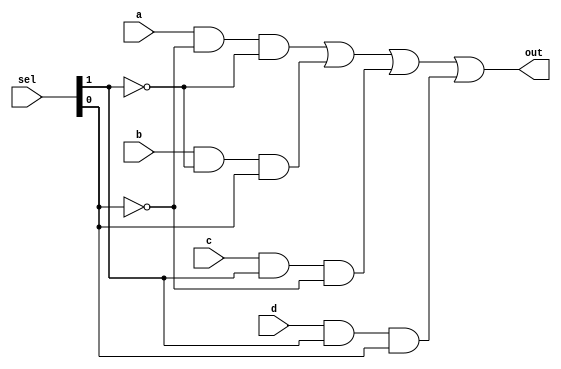
/*
 * Equipo 1
 * Seccion D04
 * Multiplexor 4 a 1 funcional
*/

module mux4to1f(input a, b, c, d, input [1:0] sel, output out);
	assign out = (a & !sel[0] & !sel[1]) | 
		(b & !sel[1] & sel[0]) | 
		(c & sel[1] & !sel[0]) |
		(d & sel[1] & sel[0]);
endmodule